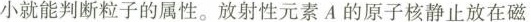
小就能判断粒子的属性。放射性元素A的原子核静止放在磁